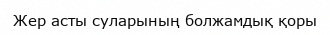
Жер асты суларының болжамдық қоры